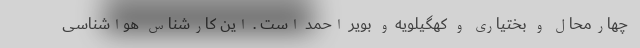
چهارمحال و بختیاری و کهگیلویه و بویر احمد است . این کارشناس هواشناسی